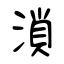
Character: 溑